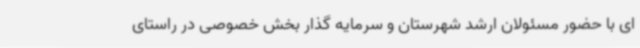
ای با حضور مسئولان ارشد شهرستان و سرمایه گذار بخش خصوصی در راستای